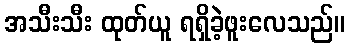
အသီးသီး ထုတ်ယူ ရရှိခဲ့ဖူးလေသည်။